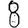
Digit: 8